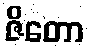
ဇိတော